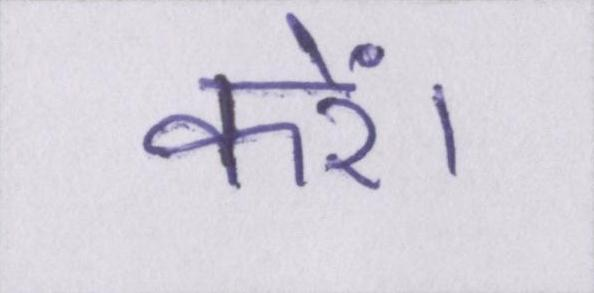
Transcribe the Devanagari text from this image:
करें।